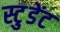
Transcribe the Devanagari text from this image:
स्टु़डेंट